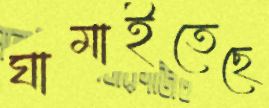
ঘামাইতেছে